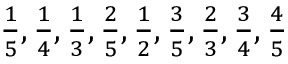
\textstyle { \frac { 1 } { 5 } } , { \frac { 1 } { 4 } } , { \frac { 1 } { 3 } } , { \frac { 2 } { 5 } } , { \frac { 1 } { 2 } } , { \frac { 3 } { 5 } } , { \frac { 2 } { 3 } } , { \frac { 3 } { 4 } } , { \frac { 4 } { 5 } }